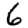
Digit: 6